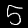
Label: 5